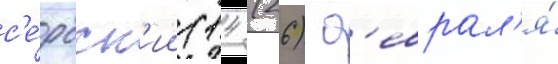
с'е́рбск'ии (14 (26) ф'еврал'я́